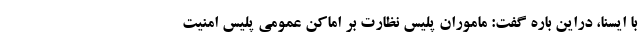
با ایسنا، دراین باره گفت: ماموران پلیس نظارت بر اماکن عمومی پلیس امنیت